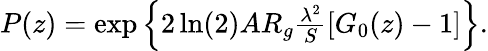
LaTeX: \begin{array}{r}{P(z)=\exp\left\lbrace 2\ln(2)AR_{g}\frac{\lambda^{2}}{S}\left[G_{0}(z)-1\right]\right\rbrace.}\end{array}